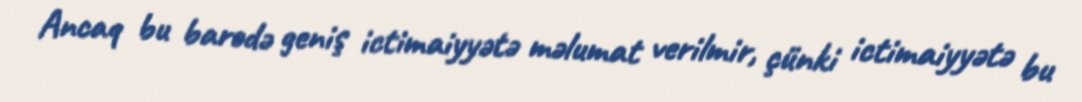
Ancaq bu barədə geniş ictimaiyyətə məlumat verilmir, çünki ictimaiyyətə bu